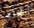
أتجاه